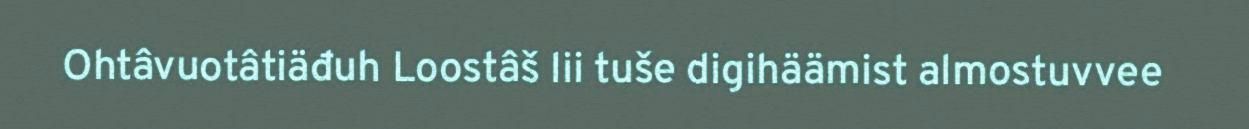
Ohtâvuotâtiäđuh Loostâš lii tuše digihäämist almostuvvee